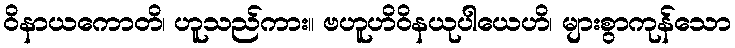
ဝိနာယကောတိ၊ ဟူသည်ကား။ ဗဟူဟိဝိနယုပါယေဟိ၊ များစွာကုန်သော